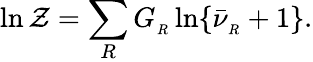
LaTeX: \ln{\cal Z}=\sum_{R}G_{_R}\ln\{ \bar{\nu}_{_R}+1\} .